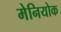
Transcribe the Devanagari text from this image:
मेनियोक